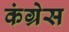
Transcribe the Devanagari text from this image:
कंग्रेस